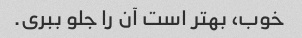
خوب، بهتر است آن را جلو ببری.